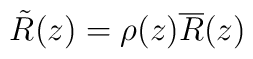
\tilde R(z)=\rho(z)\overline R(z)